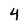
Character: 4